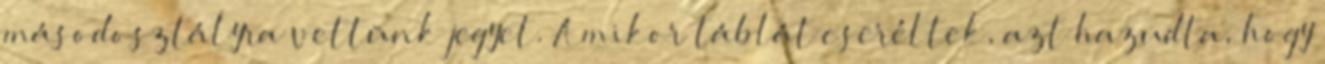
másodosztályra vettünk jegyet. Amikor táblát cseréltek, azt hazudta, hogy